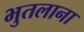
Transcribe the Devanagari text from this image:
भुतलाना